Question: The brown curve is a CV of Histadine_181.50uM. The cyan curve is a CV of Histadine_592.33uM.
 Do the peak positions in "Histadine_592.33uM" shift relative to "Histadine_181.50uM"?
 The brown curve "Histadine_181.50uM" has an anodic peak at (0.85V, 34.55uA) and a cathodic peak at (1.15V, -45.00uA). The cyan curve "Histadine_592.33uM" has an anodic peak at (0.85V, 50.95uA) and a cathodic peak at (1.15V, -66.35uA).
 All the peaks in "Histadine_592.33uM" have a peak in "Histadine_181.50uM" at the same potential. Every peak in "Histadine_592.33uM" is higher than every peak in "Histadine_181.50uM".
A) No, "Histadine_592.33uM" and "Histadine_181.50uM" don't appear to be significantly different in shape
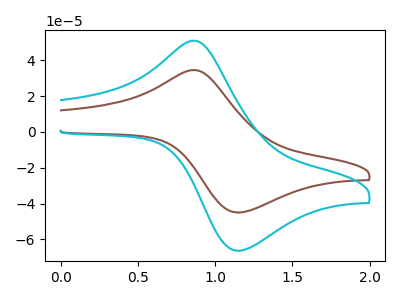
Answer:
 <answer>A) No, "Histadine_592.33uM" and "Histadine_181.50uM" don't appear to be significantly different in shape</answer>
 <eval>A</eval>